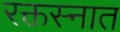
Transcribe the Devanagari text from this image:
रक्तस्नात